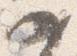
如